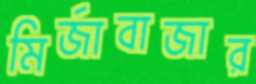
মির্জাবাজার